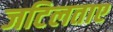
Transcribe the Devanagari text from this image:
जटिलताए